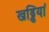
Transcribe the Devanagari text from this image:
खड्डियां